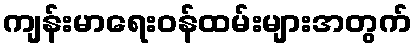
ကျန်းမာရေးဝန်ထမ်းများအတွက်